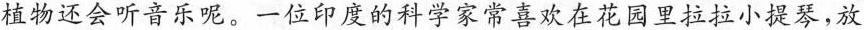
植物还会听音乐呢。一位印度的科学家常喜欢在花园里拉拉小提琴，放